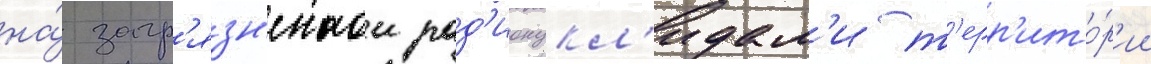
на́ загр'язн'еннои рад'ионукл'идам'и т'ерр'ито́р'ии